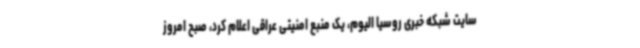
سایت شبکه خبری روسیا الیوم، یک منبع امنیتی عراقی اعلام کرد، صبح امروز